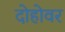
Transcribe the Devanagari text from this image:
दोहोवर